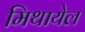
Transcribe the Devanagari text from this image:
मिथायेल